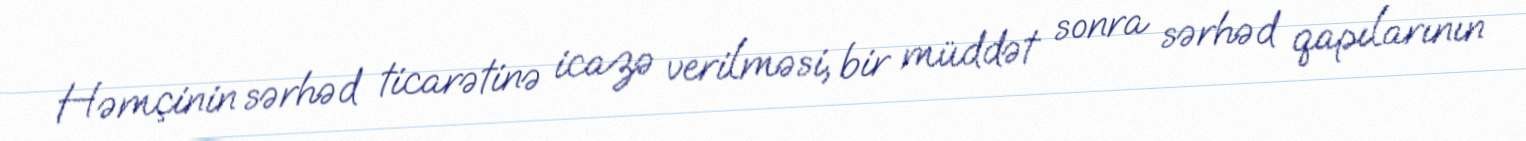
Həmçinin sərhəd ticarətinə icazə verilməsi, bir müddət sonra sərhəd qapılarının